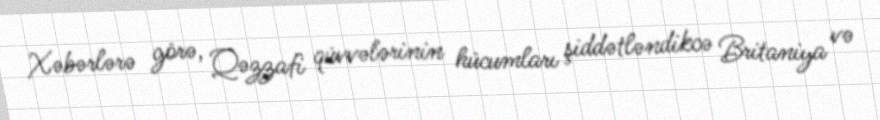
Xəbərlərə görə, Qəzzafi qüvvələrinin hücumları şiddətləndikcə Britaniya və